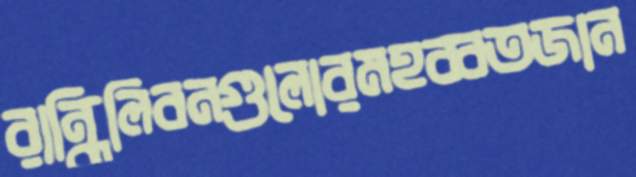
রান্ধিলিবনগুলোরমহব্বতজান